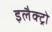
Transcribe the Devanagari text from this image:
इलैक्ट्रो